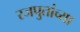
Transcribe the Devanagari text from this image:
रजपुतांच्या